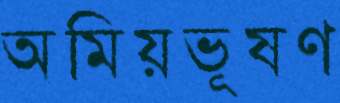
অমিয়ভূষণ